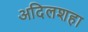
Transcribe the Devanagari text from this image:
अदिलशहा